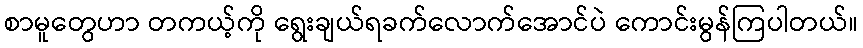
စာမူတွေဟာ တကယ့်ကို ရွေးချယ်ရခက်လောက်အောင်ပဲ ကောင်းမွန်ကြပါတယ်။